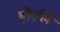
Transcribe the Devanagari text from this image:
होर्सले